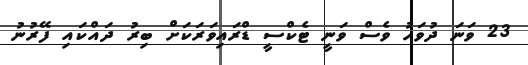
23 ވަނަ ދުވަހު ވެސް ވަނީ ޓެކްސީ ޑްރައިވަރަކަށް ބިރު ދައްކައި ފޭރުނު